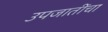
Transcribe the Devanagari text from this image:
उपजातींचा